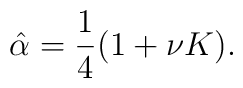
\hat{\alpha}=\frac{1}{4}(1+\nu K).